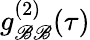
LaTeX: g_{\mathscr{B}\mathscr{B}}^{(2)}(\tau)